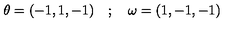
\theta = ( - 1 , 1 , - 1 ) \quad ; \quad \omega = ( 1 , - 1 , - 1 )